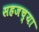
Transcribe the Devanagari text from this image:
सहजच्या